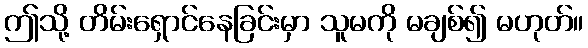
ဤသို့ တိမ်းရှောင်နေခြင်းမှာ သူမကို မချစ်၍ မဟုတ်။